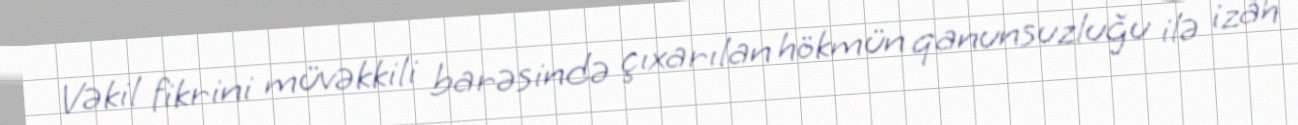
Vəkil fikrini müvəkkili barəsində çıxarılan hökmün qanunsuzluğu ilə izah